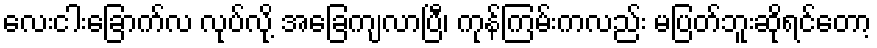
လေးငါးခြောက်လ လုပ်လို့ အခြေကျလာပြီ၊ ကုန်ကြမ်းကလည်း မပြတ်ဘူးဆိုရင်တော့